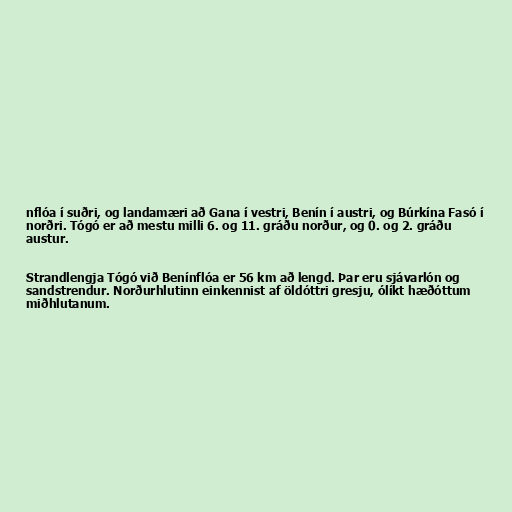
nflóa í suðri, og landamæri að Gana í vestri, Benín í austri, og Búrkína Fasó í
norðri. Tógó er að mestu milli 6. og 11. gráðu norður, og 0. og 2. gráðu
austur.

Strandlengja Tógó við Benínflóa er 56 km að lengd. Þar eru sjávarlón og
sandstrendur. Norðurhlutinn einkennist af öldóttri gresju, ólíkt hæðóttum
miðhlutanum.